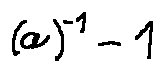
( a ) ^ { - 1 } - 1